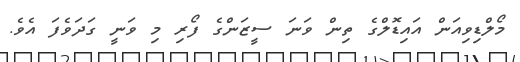
މޯލްޑިވިއަން އައިޑޮލްގެ ތިން ވަނަ ސީޒަންގެ ފޯރި މި ވަނީ ގަދަވެފަ އެވެ.